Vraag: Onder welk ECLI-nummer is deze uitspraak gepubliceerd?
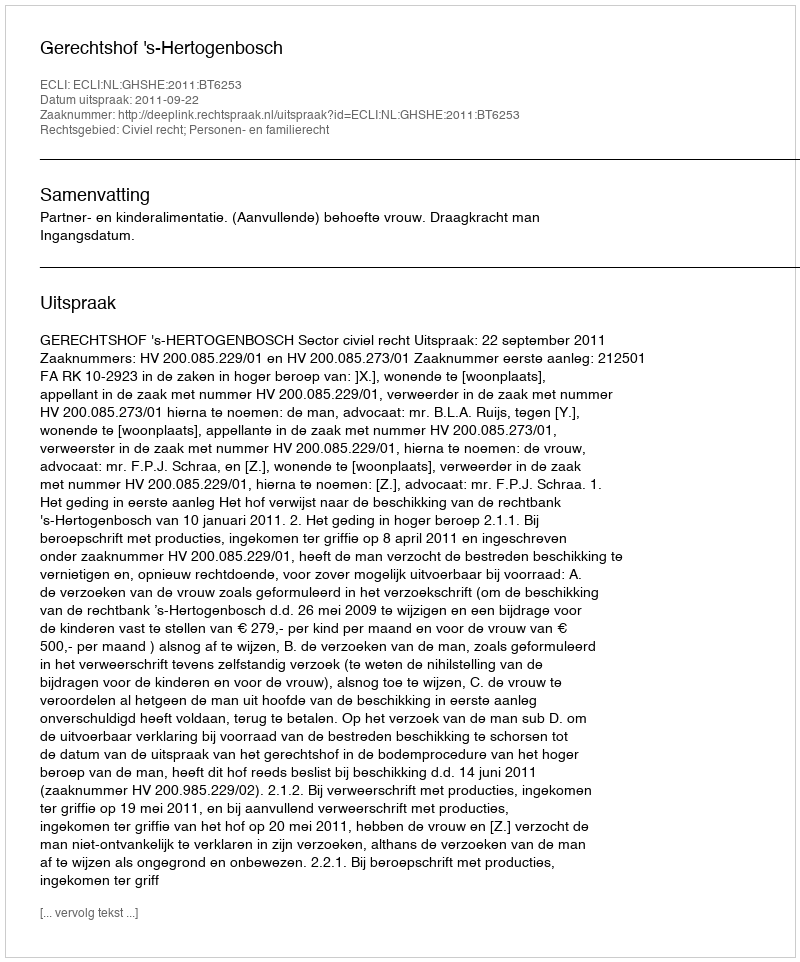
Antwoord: ECLI:NL:GHSHE:2011:BT6253